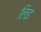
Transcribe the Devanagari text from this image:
लिइ